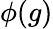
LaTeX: \phi(g)